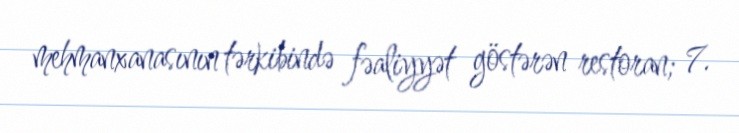
mehmanxanasının tərkibində fəaliyyət göstərən restoran; 7.